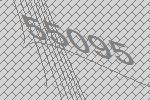
55095